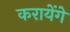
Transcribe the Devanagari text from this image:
करायेंगे